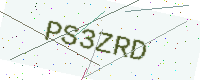
Text: PS3ZRD